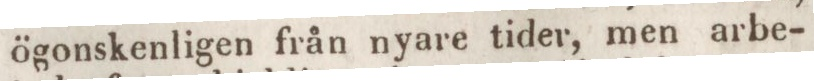
ögonskenligen från nyare tider, men arbe-